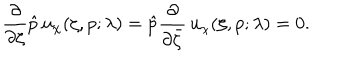
LaTeX: \frac \partial { \partial \zeta } \hat { p } \, u _ { \chi } ( \zeta , p ; \lambda ) = \hat { p } \frac \partial { \partial \bar { \zeta } } \, u _ { \chi } ( \zeta , p ; \lambda ) = 0 .